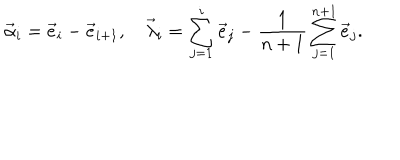
\vec { \alpha } _ { i } = \vec { e } _ { i } - \vec { e } _ { i + 1 } , \quad \vec { \lambda } _ { i } = \sum _ { j = 1 } ^ { i } \vec { e } _ { j } - { \frac { 1 } { n + 1 } } \sum _ { j = 1 } ^ { n + 1 } \vec { e } _ { j } .